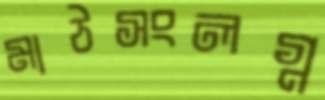
মাঠসংলগ্ন